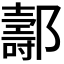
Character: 𨞪